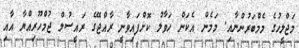
މަޖްލީހުގެ މެމްބަރުންނާއި. މަމެން އެކަން ހަވާލު ކޮށްފައިވާނީ ރާއްޖޭގެ ރައީސުލް ޖުމްހޫރިއްޔާ އާއި